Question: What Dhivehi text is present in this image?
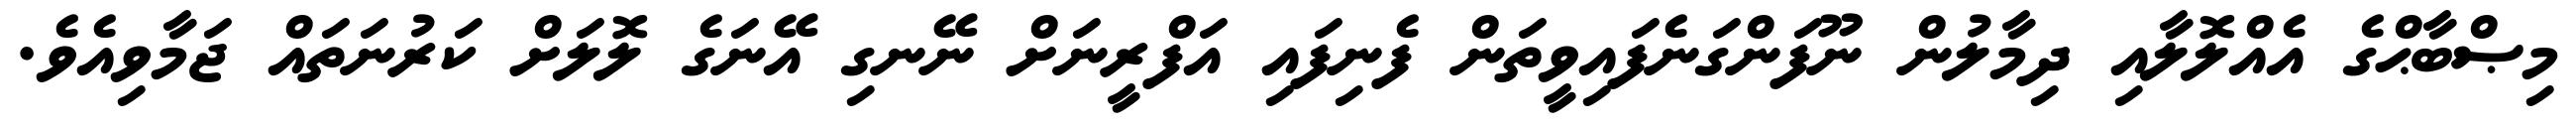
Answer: މިޞްބާޙްގެ އެއްލޮލާއި ދިމާލުން ނޫފަންގަނެފައިވީތަން ފެނިފައި އަފްރީނަށް ނޭނގި އޭނަގެ ލޮލަށް ކަރުނަތައް ޖަމާވިއެވެ.